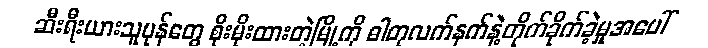
ဆီးရီးယားသူပုန်တွေ စိုးမိုးထားတဲ့မြို့ကို ဓါတုလက်နက်နဲ့တိုက်ခိုက်ခဲ့မှုအပေါ်